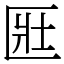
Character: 匨